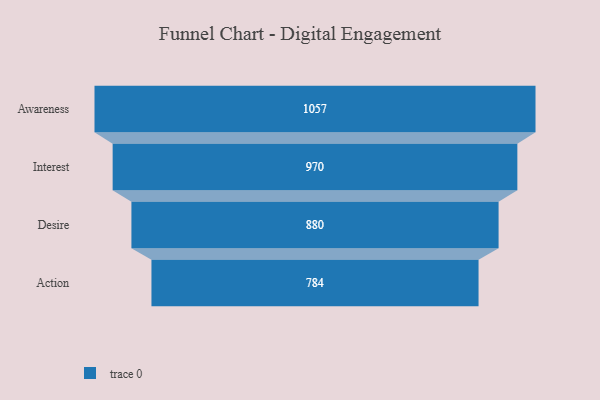
{"axis": {"x": "Stage", "y": "Value"}, "legend": [""], "data": [{"x": "Awareness", "y": 1057.0, "type": ""}, {"x": "Interest", "y": 970.0, "type": ""}, {"x": "Desire", "y": 880.0, "type": ""}, {"x": "Action", "y": 784.0, "type": ""}]}